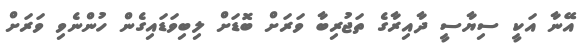
އޭނާ އަކީ ސިޔާސީ ދާއިރާގެ ތަޖުރިބާ ވަރަށް ބޮޑަށް ލިބިވަޑައިގެން ހުންނެވި ވަރަށް